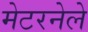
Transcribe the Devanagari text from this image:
मेटरनेले